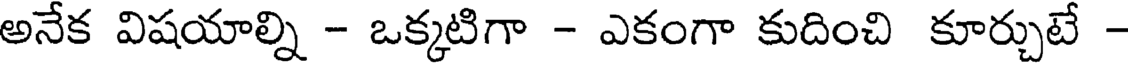
అనేక విషయాల్ని - ఒక్కటిగా - ఎకంగా కుదించి కూర్చుటే -